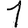
Digit: 1